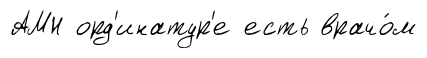
АМН орд'инатур'е есть врачо́м